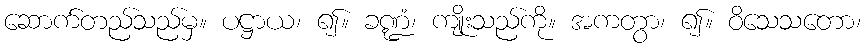
ဆောက်တည်သည်မှ။ ပဋ္ဌာယ၊ ၍။ ခဏ္ဍံ၊ ကျိုးသည်ကို။ အကတွာ၊ ၍။ ဝိသေသတော၊